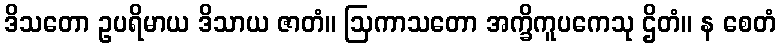
ဒိသတော ဥပရိမာယ ဒိသာယ ဇာတံ။ ဩကာသတော အက္ခိကူပကေသု ဌိတံ။ န စေတံ